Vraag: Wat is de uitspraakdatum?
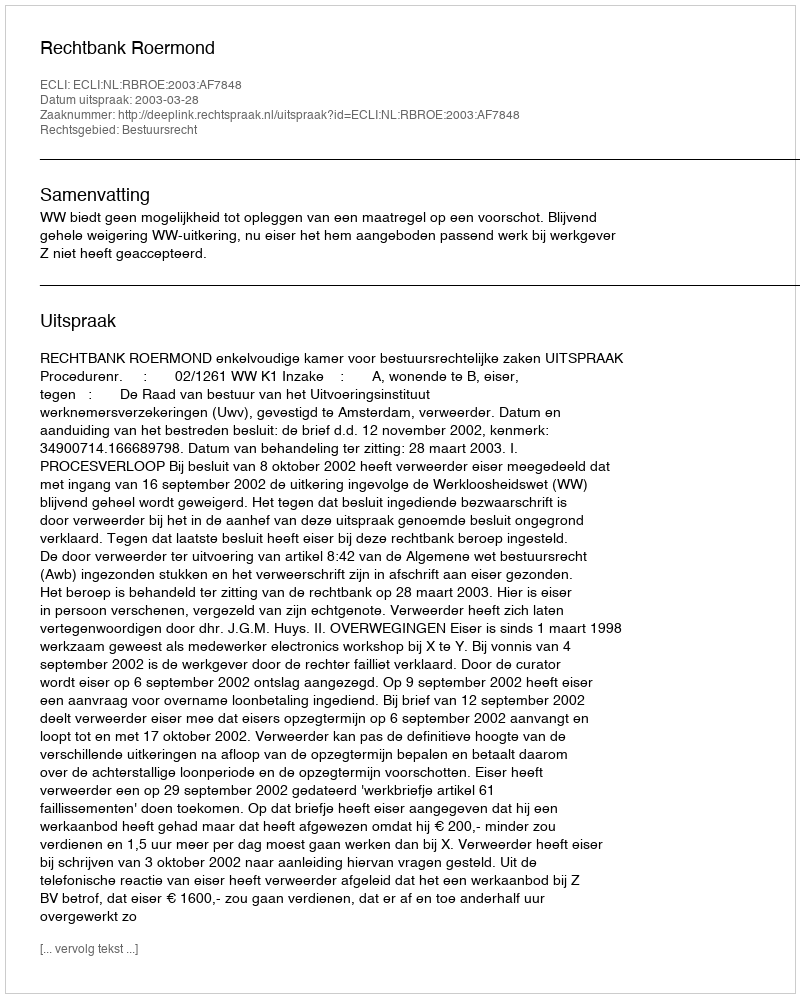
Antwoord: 2003-03-28